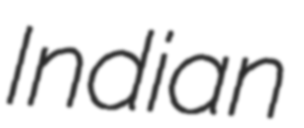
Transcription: Indian